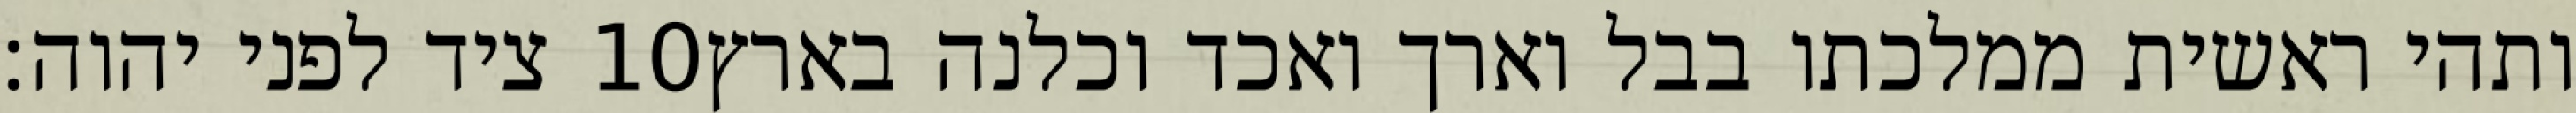
ציד לפני יהוה׃ ‎10‏ ותהי ראשית ממלכתו בבל וארך ואכד וכלנה בארץ